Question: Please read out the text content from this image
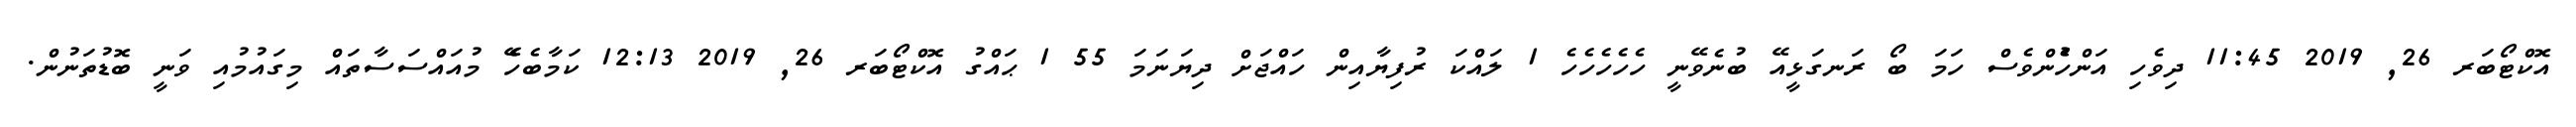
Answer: އޮކްޓޯބަރ 26, 2019 11:45 ދިވެހި އަންހެުންވެސް ހަމަ ބޯ ރަނގަޅީއޭ ބުނެވޭނީ ހެހެހެހެހެ 1 ލައްކަ ރުފިޔާއިން ހައްޖަށް ދިޔަނަމަ 55 1 ޙައްގު އޮކްޓޯބަރ 26, 2019 12:13 ކަމާބެހެޭ މުއައްސަސާތައް މިގައުމުއި ވަނީ ބޮޑުތަނުން.